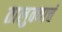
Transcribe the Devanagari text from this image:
तालुक्याचं